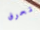
تحرق